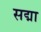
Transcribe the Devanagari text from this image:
सद्मा